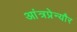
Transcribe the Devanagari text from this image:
आंत्रप्रेन्यौर